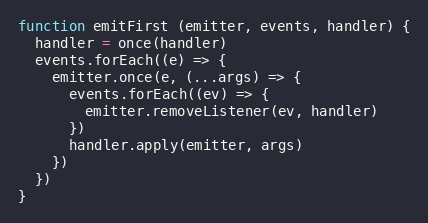
Language: JavaScript
function emitFirst (emitter, events, handler) {
  handler = once(handler)
  events.forEach((e) => {
    emitter.once(e, (...args) => {
      events.forEach((ev) => {
        emitter.removeListener(ev, handler)
      })
      handler.apply(emitter, args)
    })
  })
}